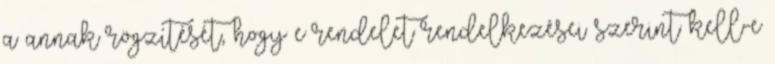
a annak rögzítését, hogy e rendelet rendelkezései szerint kell-e